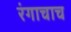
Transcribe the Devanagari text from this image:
रंगाचाच